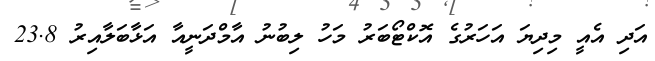
އަދި އެއީ މިދިޔަ އަހަރުގެ އޮކްޓޯބަރު މަހު ލިބުނު އާމްދަނީއާ އަޅާބަލާއިރު 23.8